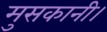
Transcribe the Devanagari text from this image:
मुसकानी।